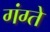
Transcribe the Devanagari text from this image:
गंग्ते